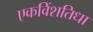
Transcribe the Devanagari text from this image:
एकविंशतिधा